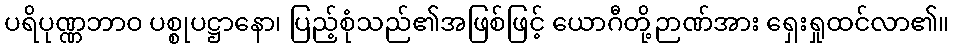
ပရိပုဏ္ဏဘာဝ ပစ္စုပဋ္ဌာနော၊ ပြည့်စုံသည်၏အဖြစ်ဖြင့် ယောဂီတို့ဉာဏ်အား ရှေးရှုထင်လာ၏။